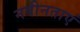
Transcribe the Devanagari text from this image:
नवीनताएं